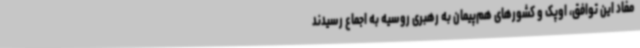
مفاد این توافق، اوپک و کشورهای هم‌پیمان به رهبری روسیه به اجماع رسیدند